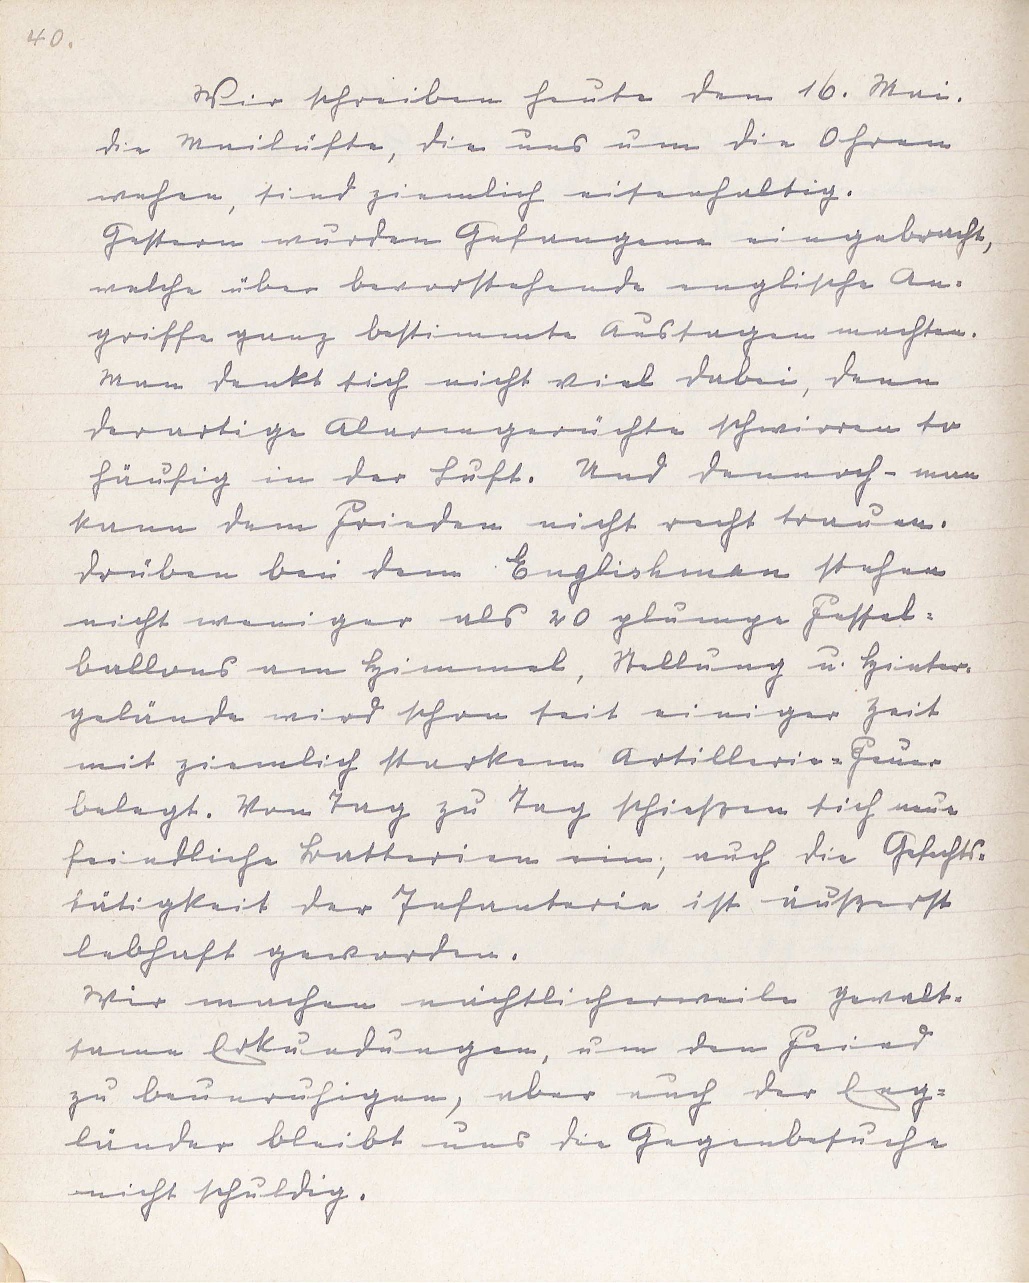
40.
Wir schreiben heute den 16. Mai.
Die Mailüfte, die uns um die Ohren
wehen, sind ziemlich eisenhaltig.
Gestern wurden Gefangene eingebracht,
welche über bevorstehende englische An¬
griffe ganz bestimmte Aussagen machten.
Man denkt sich nicht viel dabei, denn
derartige Alarmgerüchte schwirren so
häufig in der Luft. Und dennoch - man
kann dem Frieden nicht recht trauen.
Drüben bei dem Englishman stehen
nicht weniger als 20 plumpe Fessel¬
ballons am Himmel, Stellung u. Hinter¬
gelände wird schon seit einiger Zeit
mit ziemlich starkem Artillerie-Feuer
belegt. Von Tag zu Tag schießen sich neue
feindliche Batterien ein; auch die Gefechts¬
tätigkeit der Infanterie ist äußerst
lebhaft geworden.
Wir machen nächtlicherweile gewalt¬
same Erkundungen, um den Feind
zu beunruhigen, aber auch der Eng¬
länder bleibt uns die Gegenbesuche
nicht schuldig.